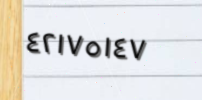
٤٢١٧٥١٤٧